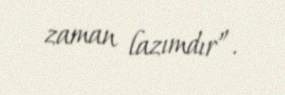
zaman lazımdır”.